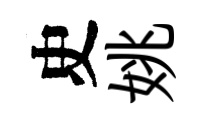
史姚